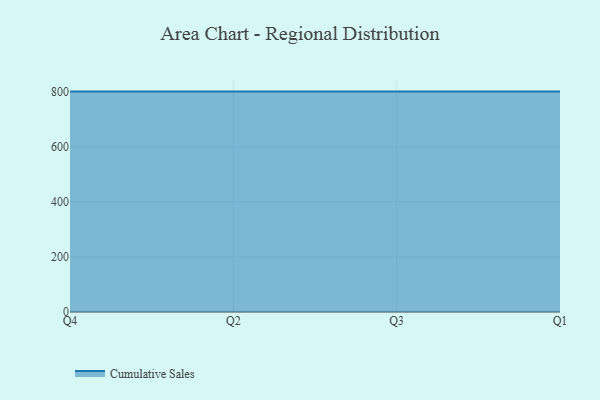
{"axis": {"x": "Quarter", "y": "Active Users"}, "legend": ["Cumulative Sales"], "data": [{"x": "Q4", "y": 800, "type": "Cumulative Sales"}, {"x": "Q2", "y": 800, "type": "Cumulative Sales"}, {"x": "Q3", "y": 800, "type": "Cumulative Sales"}, {"x": "Q1", "y": 800, "type": "Cumulative Sales"}]}